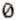
0